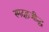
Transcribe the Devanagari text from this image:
स्मदहजीद्ध